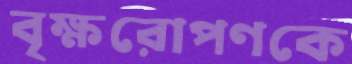
বৃক্ষরোপণকে